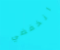
انخفضي